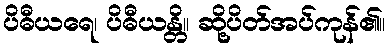
ပိဓီယရေ၊ ပိဓီယန္တိ။ ဆို့ပိတ်အပ်ကုန်၏။